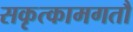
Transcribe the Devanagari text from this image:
सकृत्कामगतौ